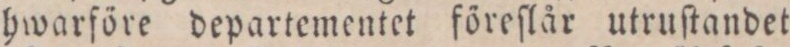
hwarföre departementet föreſlår utruſtandet